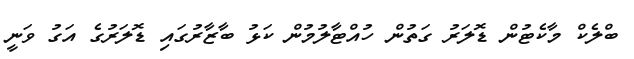
ބްލެކް މާކެޓުން ޑޮލަރު ގަތުން ހުއްޓާލުމުން ކަޅު ބާޒާރުގައި ޑޮލަރުގެ އަގު ވަނީ